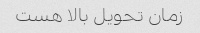
زمان تحویل بالا هست